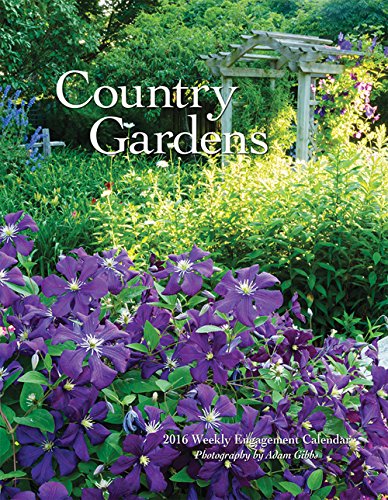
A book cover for Country Gardens 2016 Engagement Wyman; Browntrout Publishers; Calendars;